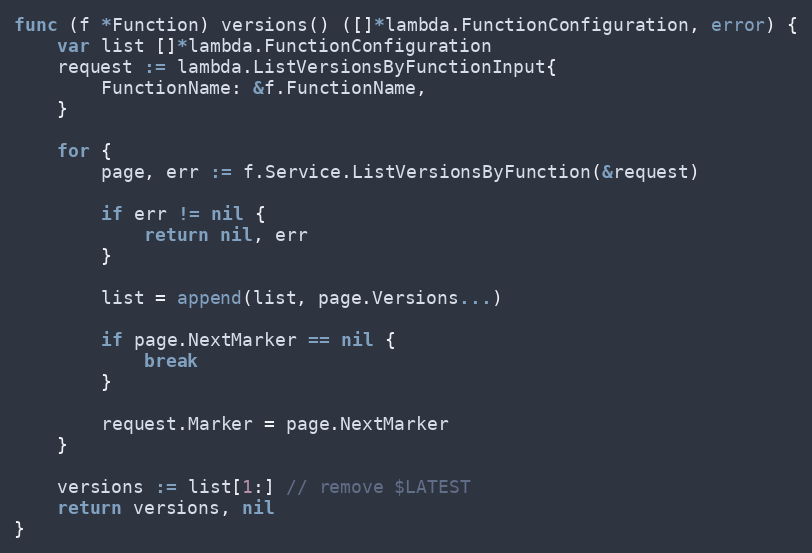
Language: Go
func (f *Function) versions() ([]*lambda.FunctionConfiguration, error) {
	var list []*lambda.FunctionConfiguration
	request := lambda.ListVersionsByFunctionInput{
		FunctionName: &f.FunctionName,
	}

	for {
		page, err := f.Service.ListVersionsByFunction(&request)

		if err != nil {
			return nil, err
		}

		list = append(list, page.Versions...)

		if page.NextMarker == nil {
			break
		}

		request.Marker = page.NextMarker
	}

	versions := list[1:] // remove $LATEST
	return versions, nil
}